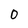
Character: 0